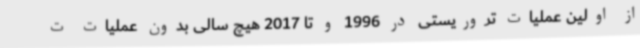
از اولین عملیات تروریستی در 1996 و تا 2017 هیچ سالی بدون عملیات ت